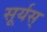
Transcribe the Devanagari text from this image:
सूर्यस्